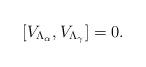
LaTeX: \begin{align*}[V_{\Lambda_{\alpha}},V_{\Lambda_{\gamma}}]=0.\end{align*}